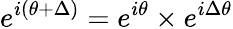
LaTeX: e^{i(\theta+\Delta)}=e^{i\theta}\times e^{i\Delta\theta}